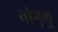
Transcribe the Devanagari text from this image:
योगुलु